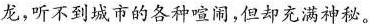
龙，听不到城市的各种喧闹，但却充满神秘。